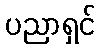
ပညာရှင်